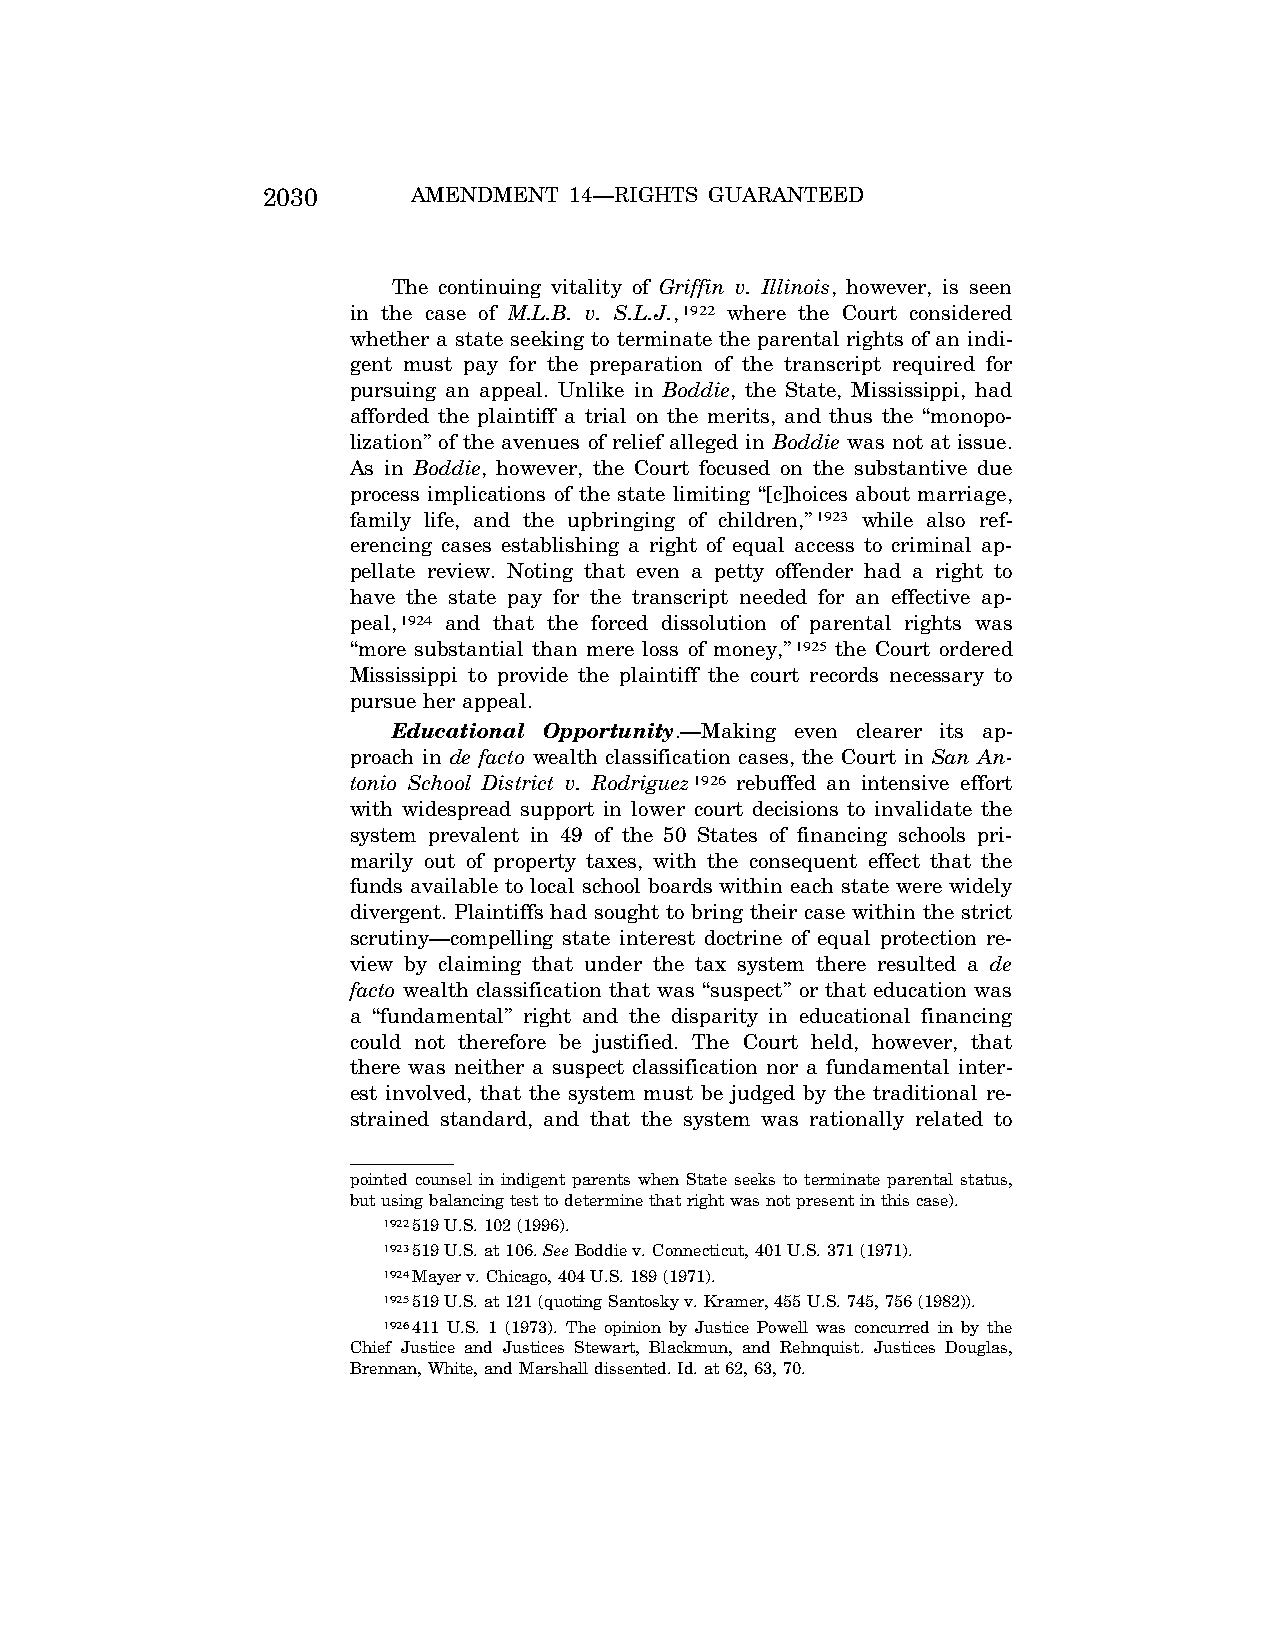
2030      AMENDMENT  14—RIGHTS GUARANTEED
 The continuing vitality of Griffin v. Illinois, however, is seen
 in the case of M.L.B. v. S.L.J.,1922 where the Court considered
 whether a state seeking to terminate the parental rights of an indi-
 gent must pay for the preparation of the transcript required for
 pursuing an appeal. Unlike in Boddie, the State, Mississippi, had
 afforded the plaintiff a trial on the merits, and thus the ‘‘monopo-
 lization’’ of the avenues of relief alleged in Boddie was not at issue.
 As in Boddie, however, the Court focused on the substantive due
 process implications of the state limiting ‘‘[c]hoices about marriage,
 family life, and the upbringing of children,’’1923 while also ref-
 erencing cases establishing a right of equal access to criminal ap-
 pellate review. Noting that even a petty offender had a right to
 have the state pay for the transcript needed for an effective ap-
 peal,1924 and that the forced dissolution of parental rights was
 ‘‘more substantial than mere loss of money,’’1925 the Court ordered
 Mississippi to provide the plaintiff the court records necessary to
 pursue her appeal.
 Educational Opportunity.—Making even clearer its ap-
 proach in de facto wealth classification cases, the Court in San An-
 tonio School District v. Rodriguez1926 rebuffed an intensive effort
 with widespread support in lower court decisions to invalidate the
 system prevalent in 49 of the 50 States of financing schools pri-
 marily out of property taxes, with the consequent effect that the
 funds available to local school boards within each state were widely
 divergent. Plaintiffs had sought to bring their case within the strict
 scrutiny—compelling state interest doctrine of equal protection re-
 view by claiming that under the tax system there resulted a de
 facto wealth classification that was ‘‘suspect’’ or that education was
 a ‘‘fundamental’’ right and the disparity in educational financing
 could not therefore be justified. The Court held, however, that
 there was neither a suspect classification nor a fundamental inter-
 est involved, that the system must be judged by the traditional re-
 strained standard, and that the system was rationally related to
 pointed counsel in indigent parents when State seeks to terminate parental status,
 but using balancing test to determine that right was not present in this case).
 1922519 U.S. 102 (1996).
 1923519 U.S. at 106. SeeBoddie v. Connecticut, 401 U.S. 371 (1971).
 1924Mayer v. Chicago, 404 U.S. 189 (1971).
 1925519 U.S. at 121 (quoting Santosky v. Kramer, 455 U.S. 745, 756 (1982)).
 1926411 U.S. 1 (1973). The opinion by Justice Powell was concurred in by the
 Chief Justice and Justices Stewart, Blackmun, and Rehnquist. Justices Douglas,
 Brennan, White, and Marshall dissented. Id. at 62, 63, 70.
 VerDate Jul<13>2004 05:44 Jul 13, 2004 Jkt 000000 PO 00000 Frm 00360 Fmt 8222 Sfmt 8222 \\GSDDPC41\YOURS-AND-MINE\CON046.SGM CON046